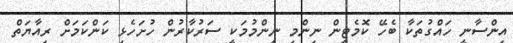
އިންސާނީ ހައްގުތަކާ ބެހޭ ކޮމެޓީން ނިންމި ނިންމުމަކީ ސަރުކާރުން ހުށަހެޅި ކަންކަމަށް ރިއާޔަތް